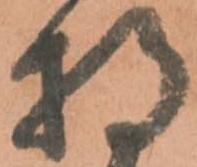
持